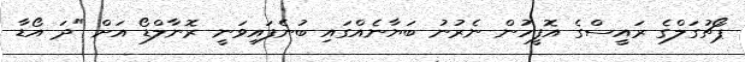
ޕޯޗުގަލްގެ ރައީސްގެ އޮފީހުން ނެރުނު ބަޔާނެއްގައި ބުނެފައިވަނީ ރޮނާލްޑޯ އަށް "ދަ އޯޑާ